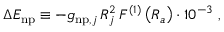
\Delta E _ { \mathrm { n p } } \equiv - g _ { \mathrm { n p } , j } \, R _ { j } ^ { 2 } \, F ^ { ( 1 ) } \left( R _ { a } \right) \cdot 1 0 ^ { - 3 } \ ,